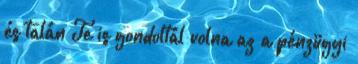
és talán Te is gondoltál volna az a pénzügyi